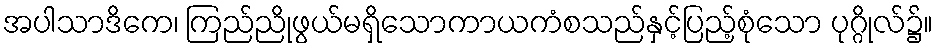
အပါသာဒိကေ၊ ကြည်ညိုဖွယ်မရှိသောကာယကံစသည်နှင့်ပြည့်စုံသော ပုဂ္ဂိုလ်၌။